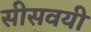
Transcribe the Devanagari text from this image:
सीसवयी